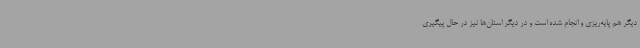
دیگر هم پایه‌ریزی و انجام شده است و در دیگر استان‌ها نیز در حال پیگیری